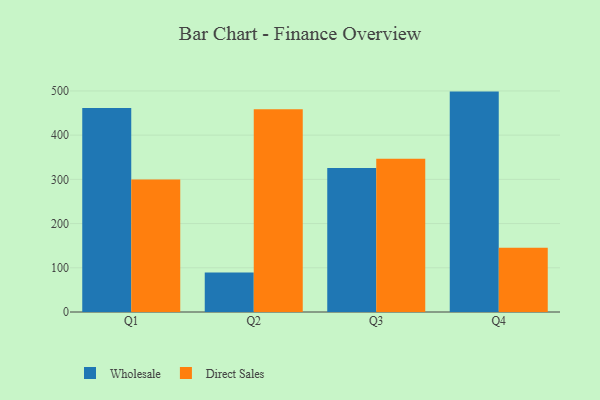
{"axis": {"x": "Quarter", "y": "Population (Million)"}, "legend": ["Direct Sales", "Wholesale"], "data": [{"x": "Q1", "y": 461.5, "type": "Wholesale"}, {"x": "Q1", "y": 299.7, "type": "Direct Sales"}, {"x": "Q2", "y": 89.4, "type": "Wholesale"}, {"x": "Q2", "y": 458.3, "type": "Direct Sales"}, {"x": "Q3", "y": 325.8, "type": "Wholesale"}, {"x": "Q3", "y": 346.6, "type": "Direct Sales"}, {"x": "Q4", "y": 498.5, "type": "Wholesale"}, {"x": "Q4", "y": 145.4, "type": "Direct Sales"}]}